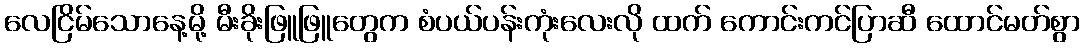
လေငြိမ်သောနေ့မို့ မီးခိုးဖြူဖြူတွေက စံပယ်ပန်းကုံးလေးလို ထက် ကောင်းကင်ပြာဆီ ထောင်မတ်စွာ